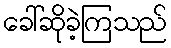
ခေါ်ဆိုခဲ့ကြသည်